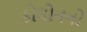
કોલોનનો